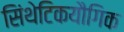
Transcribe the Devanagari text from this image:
सिंथेटिकयौगिक